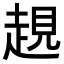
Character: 𧼊